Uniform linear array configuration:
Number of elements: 16
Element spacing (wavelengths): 0.5
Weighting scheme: binomial
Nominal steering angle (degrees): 45
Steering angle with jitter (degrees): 46.147
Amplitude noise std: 0.05
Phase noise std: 0.05

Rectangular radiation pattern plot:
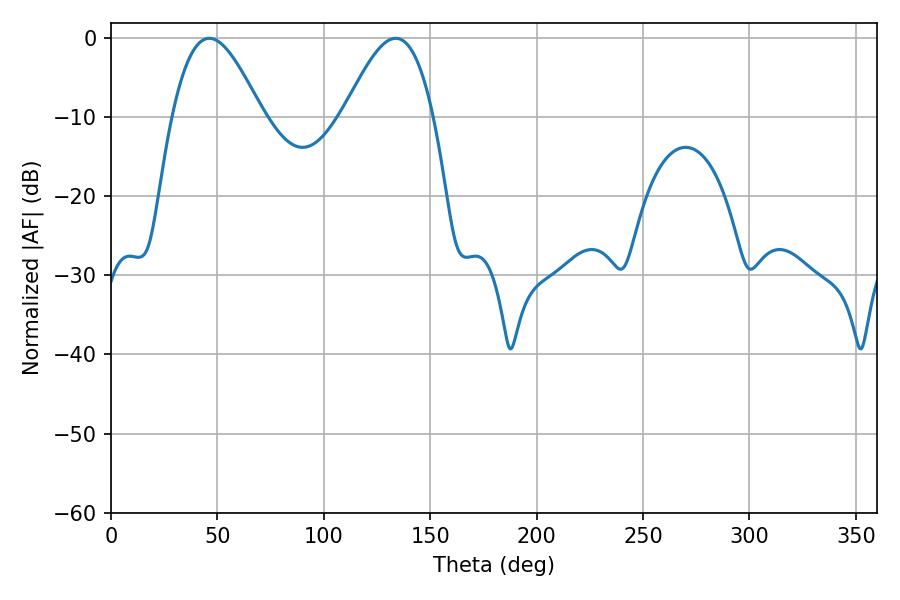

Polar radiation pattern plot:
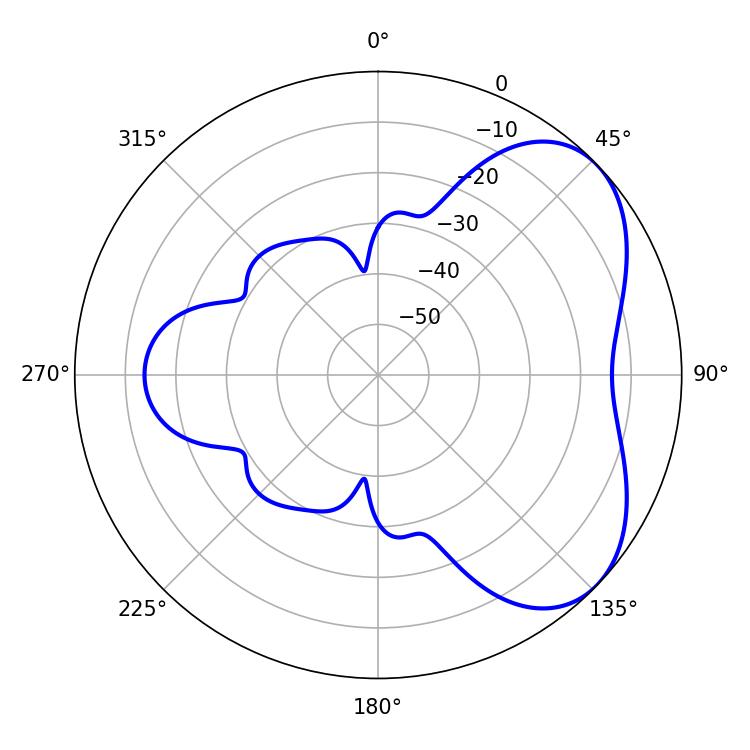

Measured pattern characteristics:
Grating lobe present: FALSE
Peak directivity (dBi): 4.931
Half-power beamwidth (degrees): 22.68
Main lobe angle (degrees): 46.26